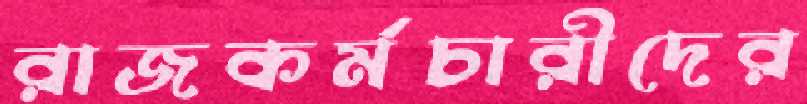
রাজকর্মচারীদের